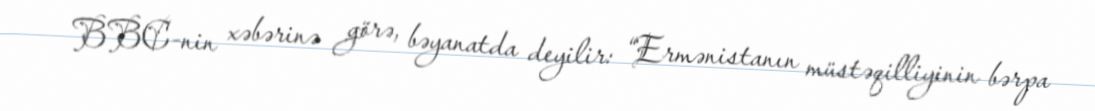
BBC-nin xəbərinə görə, bəyanatda deyilir: “Ermənistanın müstəqilliyinin bərpa